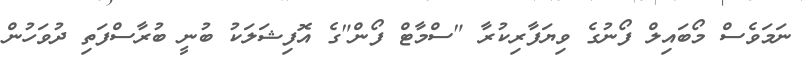
ނަމަވެސް މޯބައިލް ފޯނުގެ ވިޔަފާރިކުރާ "ސްމާޓް ފޯން"ގެ އޮފިޝަލަކު ބުނީ ބުރާސްފަތި ދުވަހުން